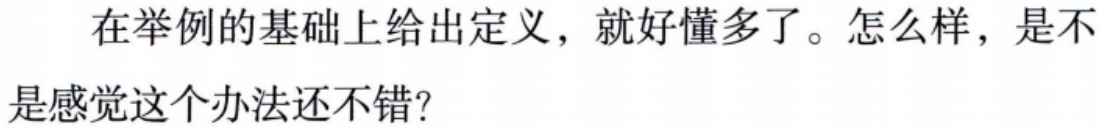
在举例的基础上给出定义，就好懂多了。怎么样，是不是感觉这个办法还不错？